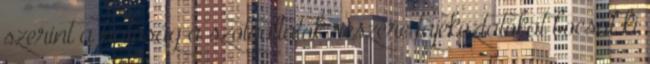
szerint a hatóság a szolgáltatók részére tájékoztatókat bocsát ki